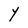
Character: Y